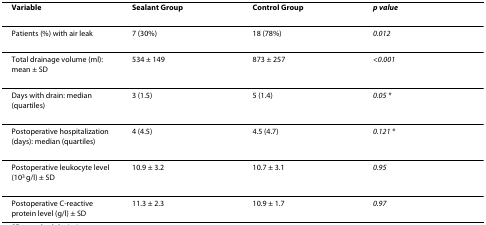
| Variable | Sealant Group | Control Group | p value |
 | --- | --- | --- | --- |
 | Patients (%) with air leak | 7 (30%) | 18 (78%) | 0.012 |
 | Total drainage volume (ml): mean ± SD | 534 ± 149 | 873 ± 257 | <0.001 |
 | Days with drain: median (quartiles) | 3 (1.5) | 5 (1.4) | 0.05 * |
 | Postoperative hospitalization (days): median (quartiles) | 4 (4.5) | 4.5 (4.7) | 0.121 * |
 | Postoperative leukocyte level (103 g/l) ± SD | 10.9 ± 3.2 | 10.7 ± 3.1 | 0.95 |
 | Postoperative C-reactive protein level (g/l) ± SD | 11.3 ± 2.3 | 10.9 ± 1.7 | 0.97 |